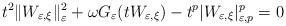
LaTeX: \begin{align*}t^{2}\|W_{\varepsilon,\xi}\|_{\varepsilon}^{2}+\omega G_{\varepsilon}(tW_{\varepsilon,\xi})-t^{p}|W_{\varepsilon,\xi}|_{\varepsilon,p}^{p}=0\end{align*}